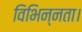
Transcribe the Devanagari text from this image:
विभिन्नता।